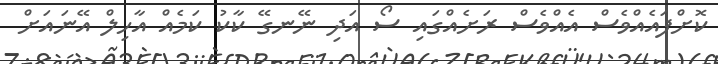
ކޮށްފައެއްވެސް އެއްވެސް ރަށެއްގައި ސޯ އަދި ނޭނގޭ ކާކު ކަމެއް އާހިލް އޭނައަށް